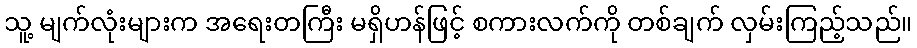
သူ့ မျက်လုံးများက အရေးတကြီး မရှိဟန်ဖြင့် စကားလက်ကို တစ်ချက် လှမ်းကြည့်သည်။